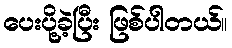
ပေးပို့ခဲ့ပြီး ဖြစ်ပါတယ်။